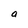
Character: a